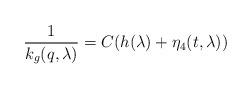
LaTeX: \begin{align*} \frac{1}{k_g (q,\lambda)} = C (h(\lambda) + \eta_4(t,\lambda))\end{align*}